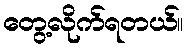
တွေ့လိုက်ရတယ်။